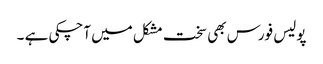
پولیس فورس بھی سخت مشکل میں آچکی ہے ۔